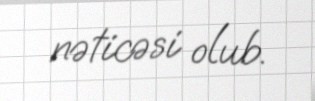
nəticəsi olub.